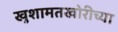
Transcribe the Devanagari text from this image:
खुशामतखोरीच्या